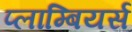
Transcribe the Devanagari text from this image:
प्लाम्बियर्स